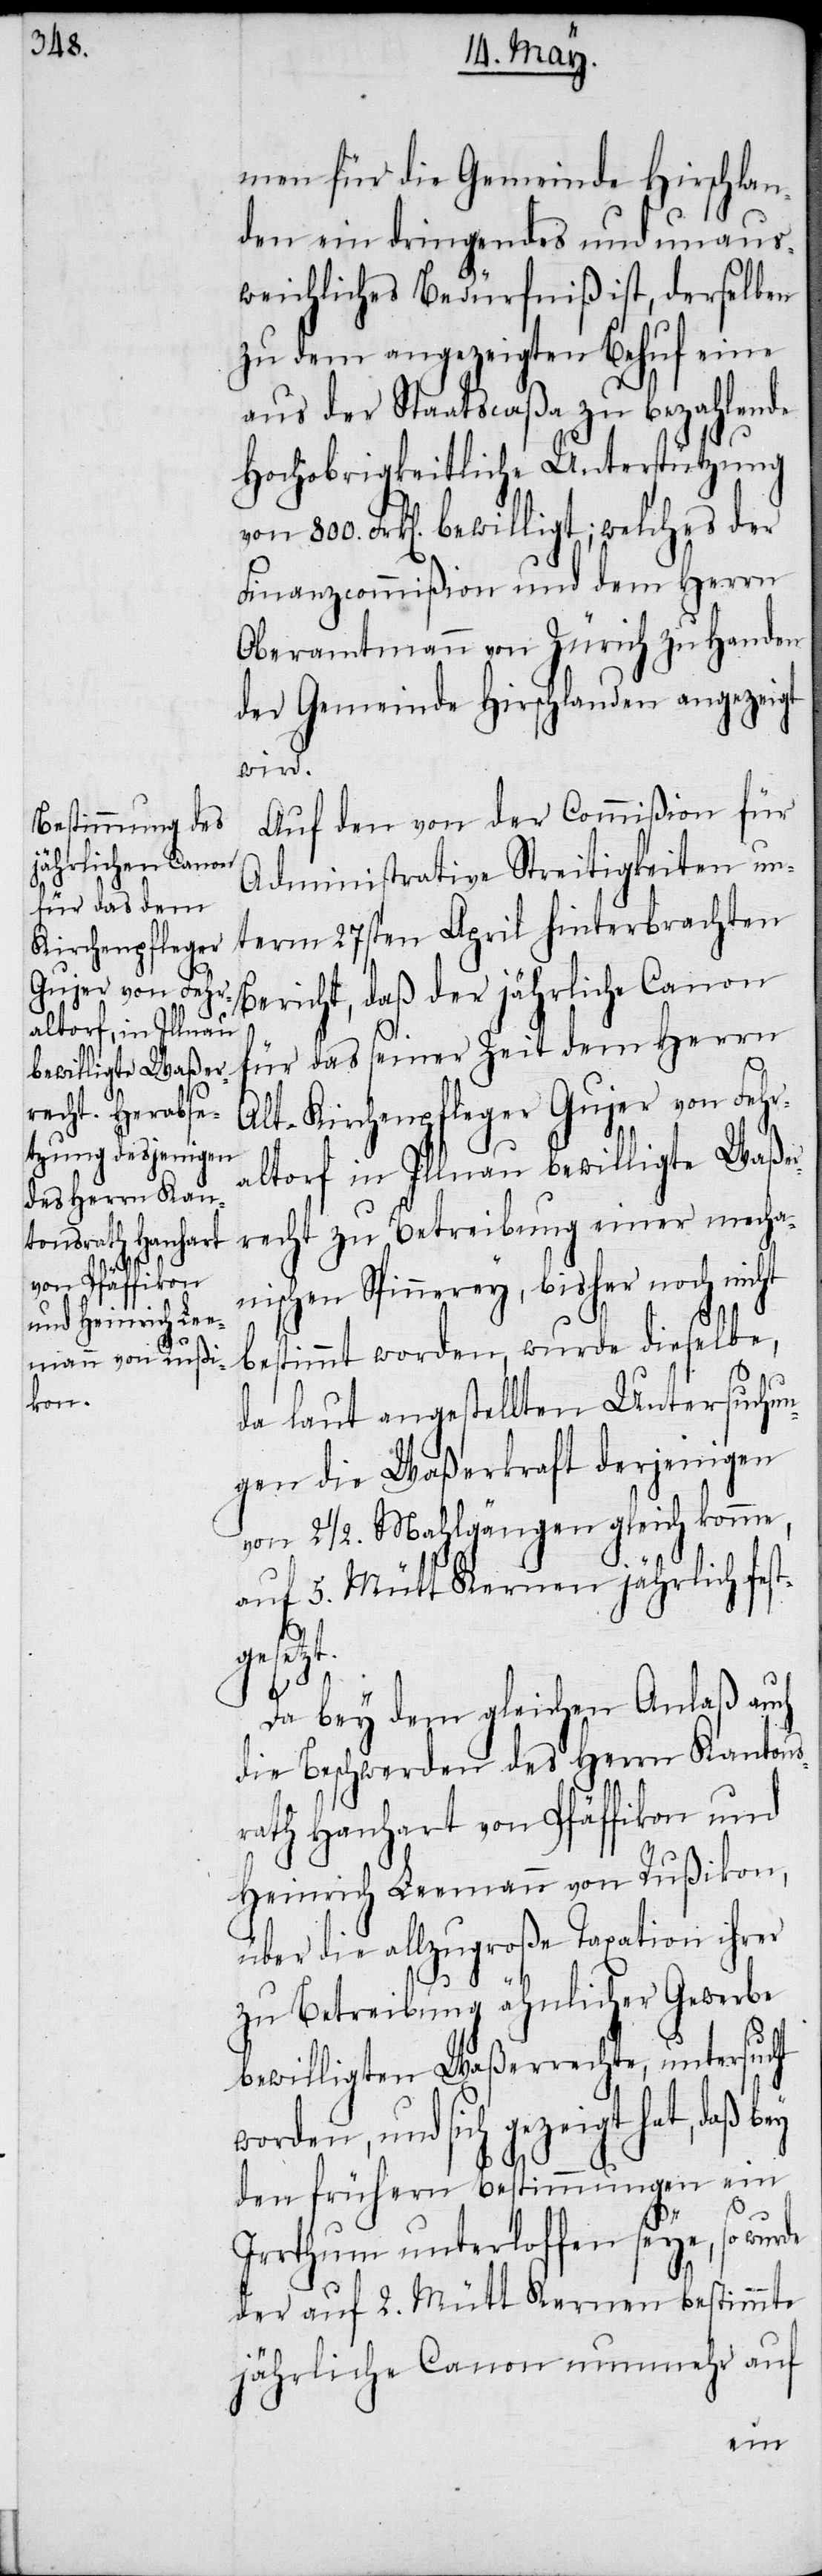
men für die Gemeinde Hirschlan¬
den ein dringendes und unaus¬
weichliches Bedürfniß ist, derselben
zu dem angezeigten Behuf eine
aus der Staatscaßa zu bezahlende
Hochobrigkeitliche Unterstützung
Frk[en]. bewilligt; welches der
Finanzcommißion und dem Herrn
Oberamtmann von Zürich zu Handen
der Gemeinde Hirschlanden angezeigt
wird.
Auf den von der Commißion für
Administrative Streitigkeiten un¬
term 27sten April hinterbrachten
Bericht, daß der jährliche Canon
für das seiner Zeit dem Herrn
Alt-Kirchenpfleger Gujer von Fehr¬
altorf in Illnau bewilligte Waßer¬
recht zu Betreibung einer mecha¬
nischen Spinnerey, bisher noch nicht
immt worden, wurde dieselbe,
da laut angestellten Untersuchun¬
gen die Waßerkraft derjenigen
von 2 ½. Mahlgängen gleich komme,
auf 5. Mütt Kernen jährlich fes¬
tgesetzt.
Da bey dem gleichen Anlaß auch
die Beschwerden des Herrn Kantons¬
rath Hanhart von Pfäffikon und
Heinrich Leemann von Rußikon,
über die allzugroße Taxation ihrer
zu Betreibung ähnlicher Gewerbe
bewilligten Waßerrechte, untersucht
worden, und sich gezeigt hat, daß bey
den frühern Bestimmungen ein
Irrthum unterloffen seye, so wurde
der auf 2. Mütt Kernen bestimmte
jährliche Canon nunmehr auf